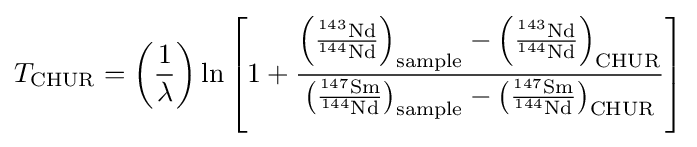
T_{\text{CHUR}}=\left({\frac {1}{\lambda }}\right)\ln \left[1+{\frac {\left({\frac {^{143}{\text{Nd}}}{^{144}{\text{Nd}}}}\right)_{\text{sample}}-\left({\frac {^{143}{\text{Nd}}}{^{144}{\text{Nd}}}}\right)_{\text{CHUR}}}{\left({\frac {^{147}{\text{Sm}}}{^{144}{\text{Nd}}}}\right)_{\text{sample}}-\left({\frac {^{147}{\text{Sm}}}{^{144}{\text{Nd}}}}\right)_{\text{CHUR}}}}\right]